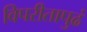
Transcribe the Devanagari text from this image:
विपरीतापुढं